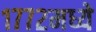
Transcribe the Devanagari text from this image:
१७७२मध्ये